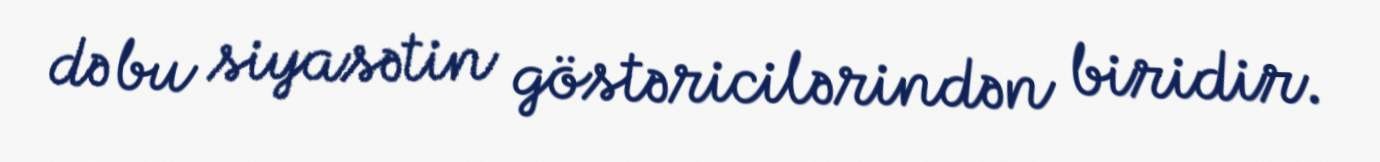
də bu siyasətin göstəricilərindən biridir.